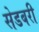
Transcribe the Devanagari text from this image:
सेडबरी